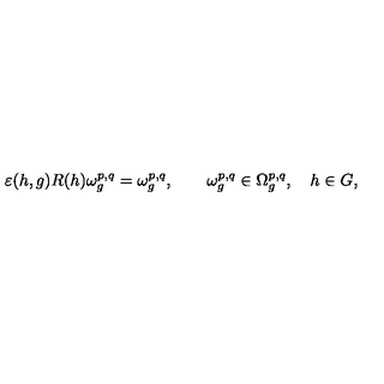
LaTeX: \varepsilon ( h , g ) R ( h ) \omega _ { g } ^ { p , q } = \omega _ { g } ^ { p , q } , \qquad \omega _ { g } ^ { p , q } \in \Omega _ { g } ^ { p , q } , \quad h \in G ,